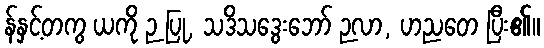
န်နှင့်တကွ ယကို ဉ ပြု, သဒိသဒွေးဘော် ဉလာ, ဟညတေ ပြီး၏။